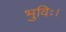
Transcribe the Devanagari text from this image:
भुविः।